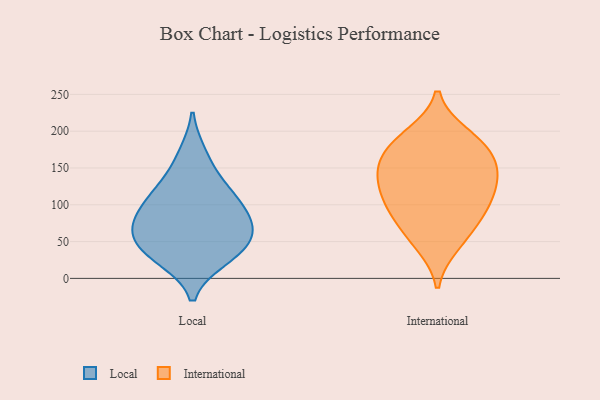
{"axis": {"x": "Bounce Rate (%)", "y": "Value"}, "legend": ["International", "Local"], "data": [{"x": "", "y": 29, "type": "Local"}, {"x": "", "y": 40, "type": "Local"}, {"x": "", "y": 69, "type": "Local"}, {"x": "", "y": 133, "type": "Local"}, {"x": "", "y": 112, "type": "Local"}, {"x": "", "y": 74, "type": "Local"}, {"x": "", "y": 55, "type": "Local"}, {"x": "", "y": 65, "type": "Local"}, {"x": "", "y": 26, "type": "Local"}, {"x": "", "y": 169, "type": "Local"}, {"x": "", "y": 93, "type": "Local"}, {"x": "", "y": 106, "type": "Local"}, {"x": "", "y": 46, "type": "International"}, {"x": "", "y": 99, "type": "International"}, {"x": "", "y": 151, "type": "International"}, {"x": "", "y": 120, "type": "International"}, {"x": "", "y": 142, "type": "International"}, {"x": "", "y": 195, "type": "International"}, {"x": "", "y": 174, "type": "International"}, {"x": "", "y": 170, "type": "International"}, {"x": "", "y": 190, "type": "International"}, {"x": "", "y": 88, "type": "International"}, {"x": "", "y": 58, "type": "International"}, {"x": "", "y": 143, "type": "International"}, {"x": "", "y": 90, "type": "International"}, {"x": "", "y": 122, "type": "International"}]}